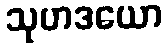
သုဟဒယော